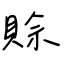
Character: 賒